Annual statistical returns and brief notes on vaccination in Bengal - 1909-1929
Year: 1909
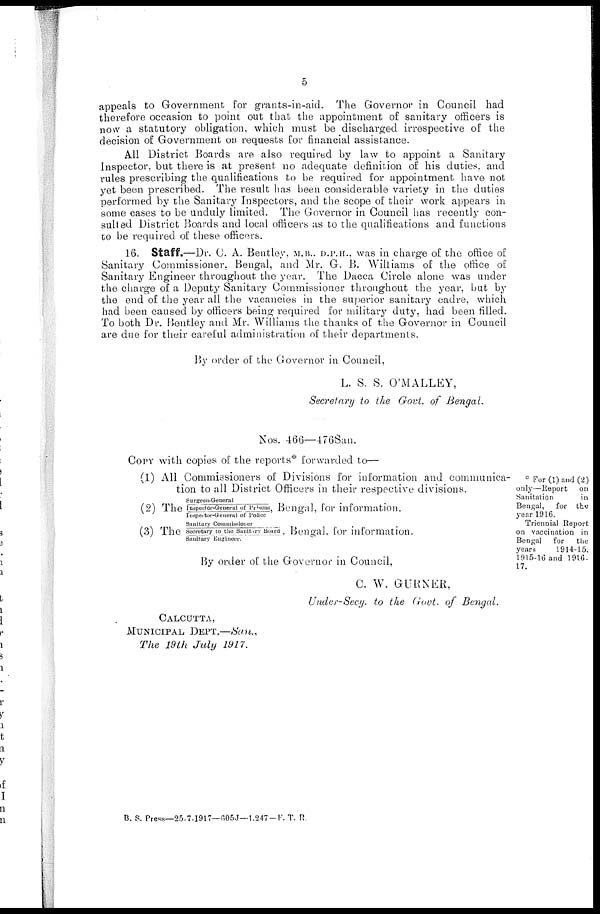
5
appeals to Government for grants-in-aid. The Governor in Council had
therefore occasion to point out that the appointment of sanitary officers is
now a statutory obligation, which must be discharged irrespective of the
decision of Government on requests for financial assistance.
All District Boards are also required by law to appoint a Sanitary
Inspector, but there is at present no adequate definition of his duties, and
rules prescribing the qualifications to be required for appointment have not
yet been prescribed. The result has been considerable variety in the duties
performed by the Sanitary Inspectors, and the scope of their work appears in
some cases to be unduly limited. The Governor in Council has recently con-
sulted District Boards and local officers as to the qualifications and functions
to be required of these officers.
16. Staff.—Dr. C. A. Bentley, M.B., D.P.H., was in charge of the office of
Sanitary Commissioner, Bengal, and Mr. G. B. Williams of the office of
Sanitary Engineer throughout the year. The Dacca Circle alone was under
the charge of a Deputy Sanitary Commissioner throughout the year, but by
the end of the year all the vacancies in the superior sanitary cadre, which
had been caused by officers being required for military duty, had been filled.
To both Dr. Bentley and Mr. Williams the thanks of the Governor in Council
are due for their careful administration of their departments.
By order of the Governor in Council,
L. S. S. O'MALLEY,
Secretary to the Govt. of Bengal.
Nos. 466—476San.
COPY with copies of the reports* forwarded to—
(1) All Commissioners of Divisions for information and communica-
tion to all District Officers in their respective divisions.
* For (1) and (2)
only—Report on
Sanitation
in
Bengal, for the
year 1916.
Triennial Report
on vaccination in
Bengal for
the
years
1914-15,
1915-16 and 1916-
17.
(2) The
Surgeon-General
Inspector-General of Prisons,
Inspector-General of Police
Bengal, for information.
(3) The
Sanitary Commissioner
Secretary to the Sanitary Board .
Sanitary Engineer.
Bengal, for information.
By order of the Governor in Council,
C. W. GURNER,
Under-Secy. to the Govt. of Bengal.
CALCUTTA,
MUNICIPAL DEPT.—San.,
The 19 th July 1917.
B. S. Press—25-7-1917—605J—1,247-F. T. R.